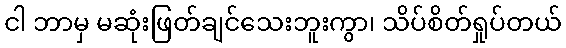
ငါ ဘာမှ မဆုံးဖြတ်ချင်သေးဘူးကွာ၊ သိပ်စိတ်ရှုပ်တယ်